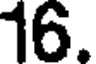
16.